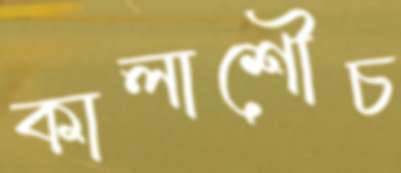
কালাশৌচ